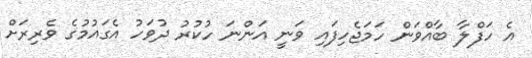
އެ ހަފްލާ ބާއްވަން ހަމަޖެހިފައި ވަނީ އަންނަ ހުކުރު ދުވަހު އެގައުމުގެ ވެރިރަށް